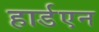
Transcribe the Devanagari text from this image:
हार्डएन